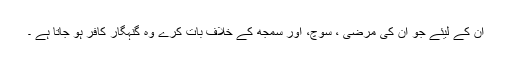
ان کے لیئے جو ان کی مرضی ، سوچ، اور سمجھ کے خلاف بات کرے وہ گنہگار کافر ہو جاتا ہے ۔